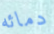
دمائه